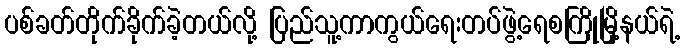
ပစ်ခတ်တိုက်ခိုက်ခဲ့တယ်လို့ ပြည်သူ့ကာကွယ်ရေးတပ်ဖွဲ့ရေစကြိုမြို့နယ်ရဲ့